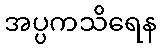
အပ္ပကသိရေန